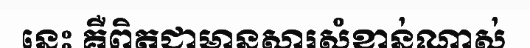
នេះ គឺពិតជាមានសារសំខាន់ណាស់